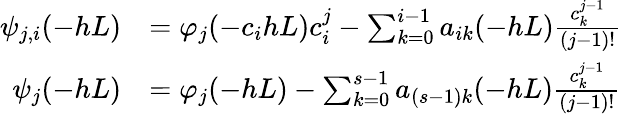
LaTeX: \begin{array}{rl}{\psi_{j,i}(-hL)}&{=\varphi_{j}(-c_{i}hL)c_{i}^{j}-\sum_{k=0}^{i-1}a_{ik}(-hL)\frac{c_{k}^{j-1}}{(j-1)!}}\\ {\psi_{j}(-hL)}&{=\varphi_{j}(-hL)-\sum_{k=0}^{s-1}a_{(s-1)k}(-hL)\frac{c_{k}^{j-1}}{(j-1)!}}\end{array}